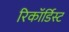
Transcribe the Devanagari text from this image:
रिकॉर्डिस्ट